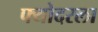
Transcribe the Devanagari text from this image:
फ्योदरला